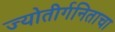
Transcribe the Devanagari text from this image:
ज्योतीर्गनिताचा